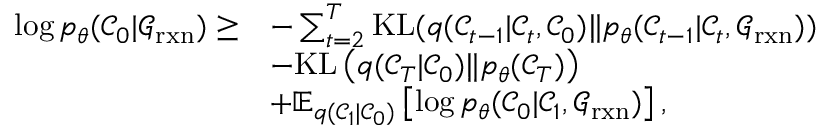
\begin{array} { r l } { \log p _ { \theta } ( \mathcal { C } _ { 0 } \vert \mathcal { G } _ { \mathrm { r x n } } ) \ge } & { - \sum _ { t = 2 } ^ { T } \mathrm { K L } ( q ( \mathcal { C } _ { t - 1 } \vert \mathcal { C } _ { t } , \mathcal { C } _ { 0 } ) \Vert p _ { \theta } ( \mathcal { C } _ { t - 1 } \vert \mathcal { C } _ { t } , \mathcal { G } _ { \mathrm { r x n } } ) ) } \\ & { - \mathrm { K L } \left( q ( \mathcal { C } _ { T } \vert \mathcal { C } _ { 0 } ) \Vert p _ { \theta } ( \mathcal { C } _ { T } ) \right) } \\ & { + \mathbb { E } _ { q ( \mathcal { C } _ { 1 } \vert \mathcal { C } _ { 0 } ) } \left[ \log p _ { \theta } ( \mathcal { C } _ { 0 } \vert \mathcal { C } _ { 1 } , \mathcal { G } _ { \mathrm { r x n } } ) \right] , } \end{array}